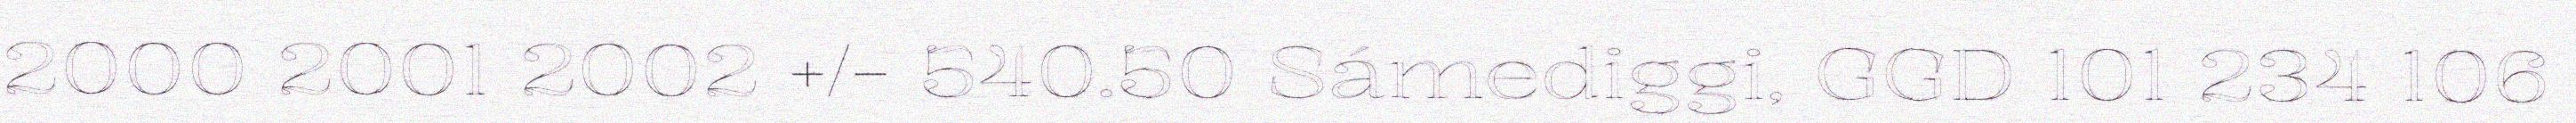
2000 2001 2002 +/- 540.50 Sámediggi, GGD 101 234 106